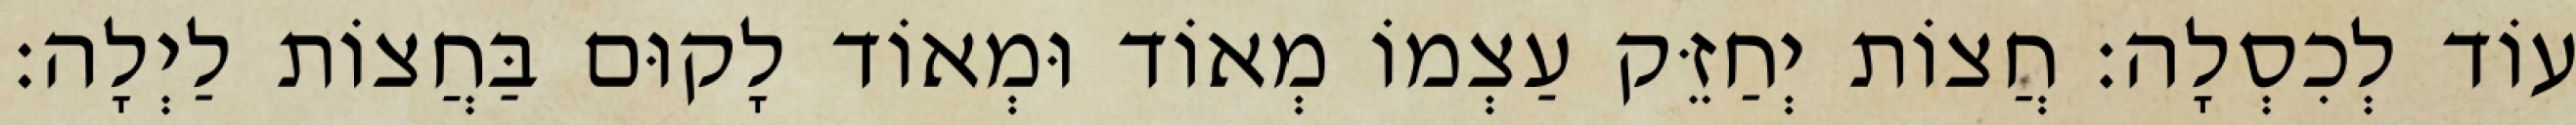
עוֹד לְכִסְלָה: חֲצוֹת יְחַזֵּק עַצְמוֹ מְאוֹד וּמְאוֹד לָקוּם בַּחֲצוֹת לַיְלָה: